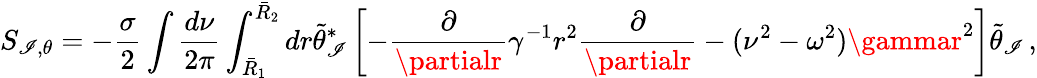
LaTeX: S_{\mathscr{I},\theta}=-\frac{{\sigma}}{{2}}\int\frac{{d\nu}}{{2\pi}}\int_{\bar{{R}}_{1}}^{\bar{{R}}_{2}}dr\tilde{{\theta}}_{\mathscr{I}}^{*}\left[-\frac{{\partial}}{{\partialr}}\gamma^{-1}r^{2}\frac{{\partial}}{{\partialr}}-(\nu^{2}-\omega^{2})\gammar^{2}\right]\tilde{{\theta}}_{\mathscr{I}}\, ,